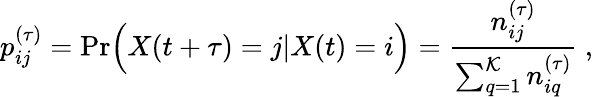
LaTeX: p_{ij}^{(\tau)}=\mathrm{Pr}\Big(X(t+\tau)=j|X(t)=i\Big)=\frac{n_{ij}^{(\tau)}}{\sum_{q=1}^{\mathcal{K}}n_{iq}^{(\tau)}}\ ,